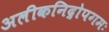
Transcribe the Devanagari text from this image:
अलीकनिद्रोपगमः